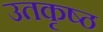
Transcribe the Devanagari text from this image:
उतकृष्ठ